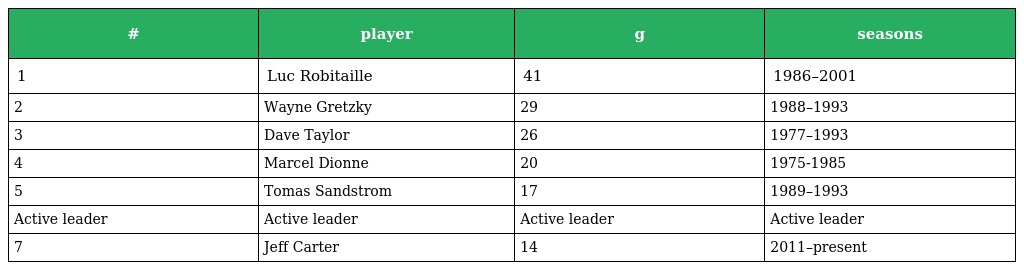
| # | player | g | seasons |
 | --- | --- | --- | --- |
 | 1 | Luc Robitaille | 41 | 1986–2001 |
 | 2 | Wayne Gretzky | 29 | 1988–1993 |
 | 3 | Dave Taylor | 26 | 1977–1993 |
 | 4 | Marcel Dionne | 20 | 1975-1985 |
 | 5 | Tomas Sandstrom | 17 | 1989–1993 |
 | Active leader | Active leader | Active leader | Active leader |
 | 7 | Jeff Carter | 14 | 2011–present |